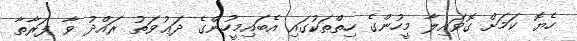
ހެޔޮ ކަމަށް ގޮވައިލާ މީހުންގެ ހިތްތަކުގައި އެބައިމީހުންގެ ދަޢުވަތު ރައްދު ވާ ފަރާތާ